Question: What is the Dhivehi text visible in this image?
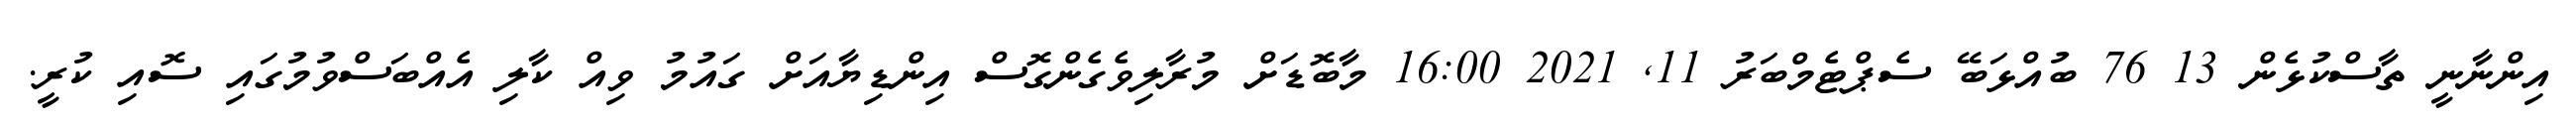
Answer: އިންނާނީ ތާސްކުޅެން 13 76 ބުއްޅަބޭ ސެޕްޓެމްބަރު 11, 2021 16:00 މާބޮޑަށް މުރާލިވެގެންގޮސް އިންޑިޔާއަށް ގައުމު ވިއް ކާލި އެއްބަސްވުމުގައި ސޮއި ކުރީ.